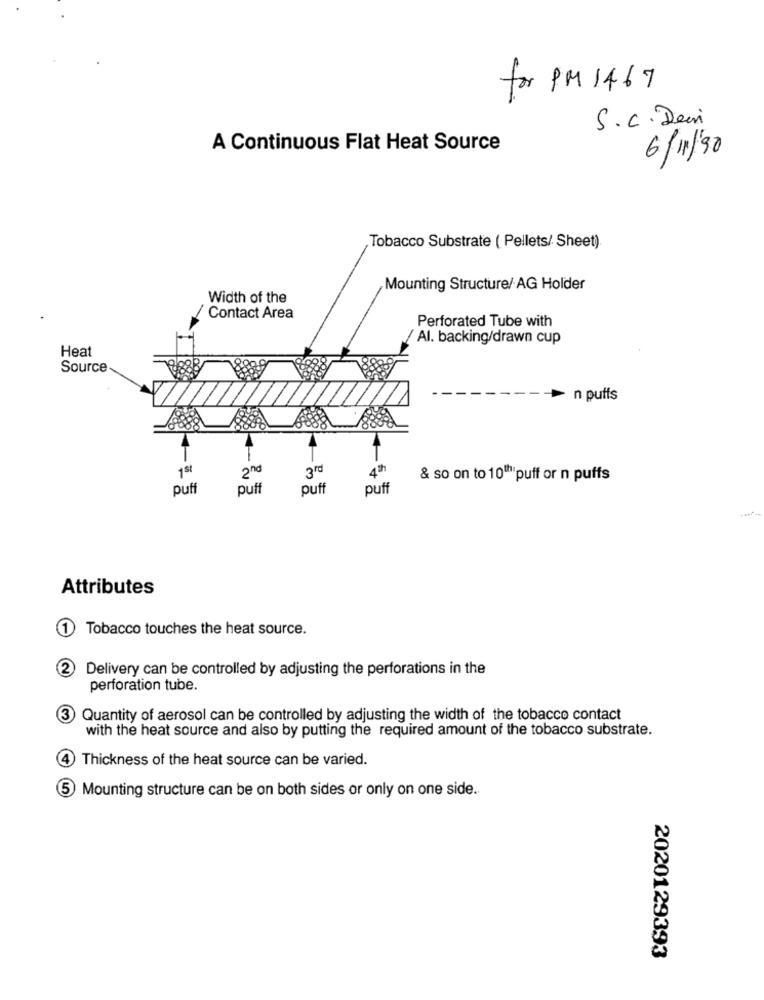
for PM 1467
S.C. Dec
A Continuous Flat Heat Source
6/11/90
Tobacco Substrate ( Pellets/ Sheet)
Mounting Structure/ AG Holder
Width of the
Contact Area
Perforated Tube with
/ Al. backing/drawn cup
Heat
Source
n puffs
1st
2nd
3rd
4th
& so on to 10"hipuff or n puffs
puff
puff
puff
puff
Attributes
Tobacco touches the heat source.
2
Delivery can be controlled by adjusting the perforations in the
perforation tube.
3
Quantity of aerosol can be controlled by adjusting the width of the tobacco contact
with the heat source and also by putting the required amount of the tobacco substrate.
4
Thickness of the heat source can be varied.
Mounting structure can be on both sides or only on one side.
2020129393